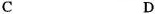
C D